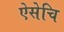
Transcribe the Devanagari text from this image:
ऐसेचि